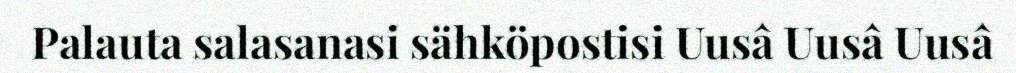
Palauta salasanasi sähköpostisi Uusâ Uusâ Uusâ